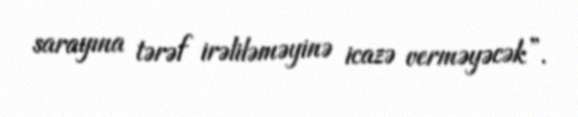
sarayına tərəf irəliləməyinə icazə verməyəcək”.